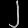
Digit: ၂